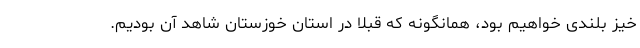
خیز بلندی خواهیم بود، همانگونه که قبلا در استان خوزستان شاهد آن بودیم.